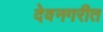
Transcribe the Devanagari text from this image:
देवनगरीत